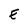
Character: E